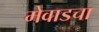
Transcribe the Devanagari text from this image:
मेवाडचा